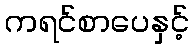
ကရင်စာပေနှင့်